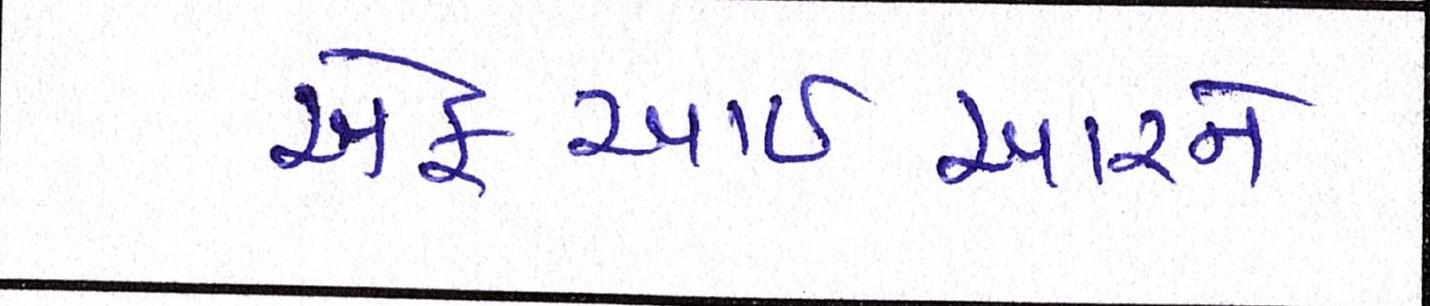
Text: એફઆઈઆરને